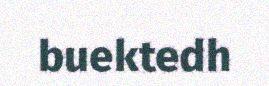
buektedh